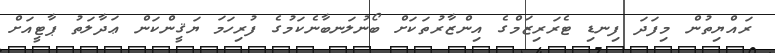
ރައްޔިތުން މިފަދަ ފިނޑި ޓެރަރިޒަމްގެ އިންޒާރުތަކަށް ބޯނުލަނބާނެކަމުގެ ފުރިހަމަ ޔަޤީންކަން ޢަދާލަތު ޕާޓީއަށް